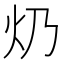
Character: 𤆈